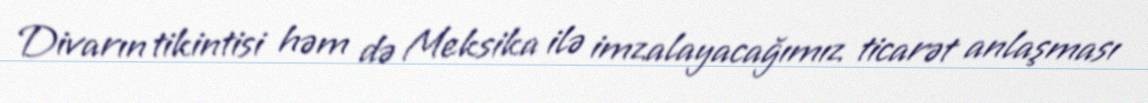
Divarın tikintisi həm də Meksika ilə imzalayacağımız ticarət anlaşması